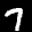
Label: 7